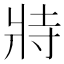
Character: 𭷅